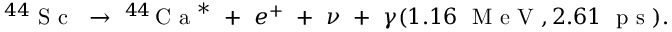
^ { 4 4 } \mathrm { ~ S ~ c ~ } ~ \to ~ ^ { 4 4 } \! \mathrm { ~ C ~ a ~ } ^ { * } ~ + ~ e ^ { + } ~ + ~ \nu ~ + ~ \gamma ( 1 . 1 6 ~ \mathrm { ~ M ~ e ~ V ~ } , 2 . 6 1 ~ \mathrm { ~ p ~ s ~ } ) .